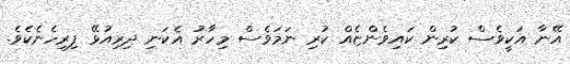
އޭނާ އަކީވެސް ކުރިން ކައިވެންޏެއް ކުރި ނަމަވެސް މިހާރު އެކަނި ދިރިއުޅޭ ފިރިހެނެކެވެ.